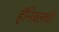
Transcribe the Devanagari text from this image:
हॅनिबलची